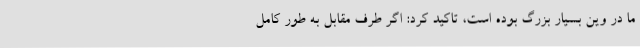
ما در وین بسیار بزرگ بوده است، تاکید کرد: اگر طرف مقابل به طور کامل